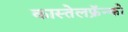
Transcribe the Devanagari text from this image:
कास्तेलफ्रॅन्को